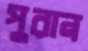
পুরান